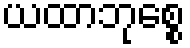
ယထာဘုစ္စေ